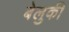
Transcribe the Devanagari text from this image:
बेलुकी